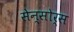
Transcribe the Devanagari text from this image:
सेन्सोर्स